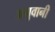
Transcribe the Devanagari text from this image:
अगुवानी